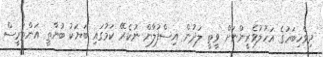
ދިވެހިބަހުގެ އަހުލުވެރީންނަށް ވީތީ ލަދުން އިސްފުލާން ނުކެރޭ ކަމުގައި ބަޔަކު ބުނާތީ އަންތަރީސް